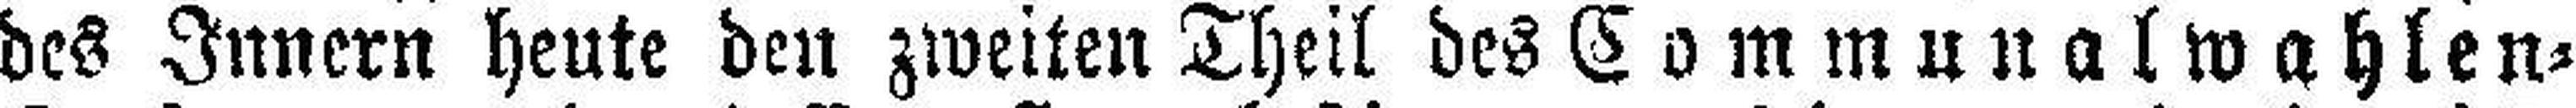
des Innern heute den zweiten Theil des Communalwahlen=